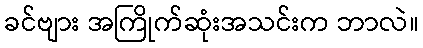
ခင်ဗျား အကြိုက်ဆုံးအသင်းက ဘာလဲ။